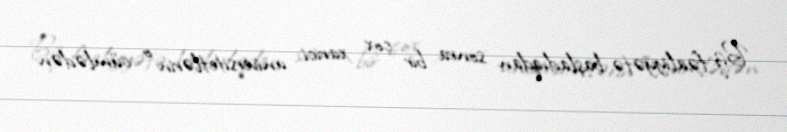
Biz fəaliyyətə başladıqdan sonra bir çox xarici universitetlərin o cümlədən